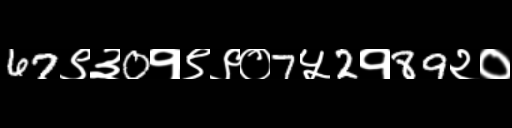
Text: 67९३0१९९०7५2१89२०